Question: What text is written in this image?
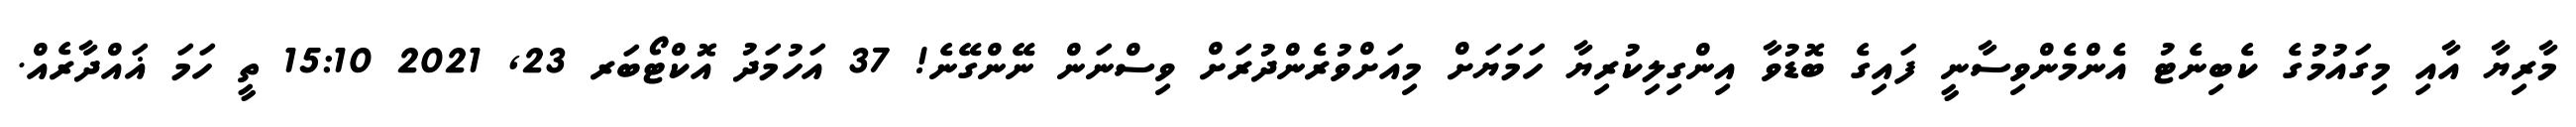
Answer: މާރިޔާ އާއި މިގައުމުގެ ކެބިނެޓު އެންމެންވިސާނީ ފައިގެ ބޮޑުވާ އިންގިލިކުރިޔާ ހަމަޔަށް މިއަށްވުރެންދުރަށް ވިސްނަން ނޭންގޭނެ! 37 އަހުމަދު އޮކްޓޯބަރ 23, 2021 15:10 ތީ ހަމަ ޣައްދާރެއް.